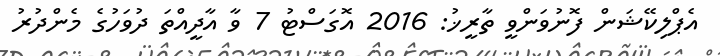
އެޕްލިކޭޝަން ފޮނުވަންވީ ތާރީޚު: 2016 އޮގަސްޓު 7 ވާ އާދީއްތަ ދުވަހުގެ މެންދުރު